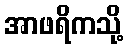
အာဖရိကသို့